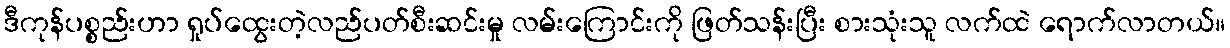
ဒီကုန်ပစ္စည်းဟာ ရှုပ်ထွေးတဲ့လည်ပတ်စီးဆင်းမှု လမ်းကြောင်းကို ဖြတ်သန်းပြီး စားသုံးသူ လက်ထဲ ရောက်လာတယ်။